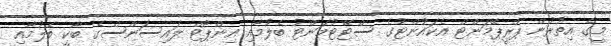
މީގެ އިތުރުން ޕްރީޕޭމަންޓް އެކައުންޓުގެ ސްޓޭޓުމަންޓު ބެލުމާއި އިންޕޯޓް ލައިސަންސްގެ ބާކީ ބެލުމާއި